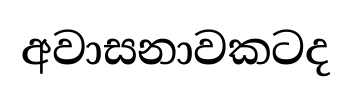
අවාසනාවකටද